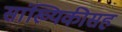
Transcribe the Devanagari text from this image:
सांख्यिकीसह